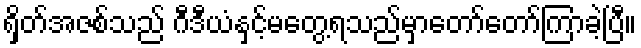
ရှိတ်အဇစ်သည် ဂီဒီယံနှင့်မတွေ့ရသည်မှာတော်တော်ကြာခဲ့ပြီ။